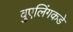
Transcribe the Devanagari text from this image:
वुएलिंगकडे